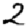
Digit: 2